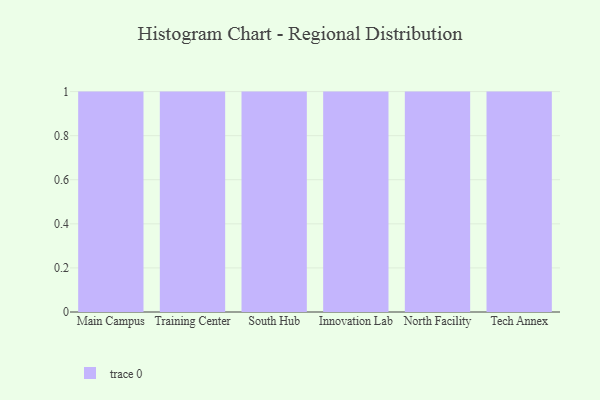
{"axis": {"x": "Campus", "y": "Conversion Rate (%)"}, "legend": [""], "data": [{"x": "Main Campus", "y": 11, "type": ""}, {"x": "Training Center", "y": 86, "type": ""}, {"x": "South Hub", "y": 16, "type": ""}, {"x": "Innovation Lab", "y": 74, "type": ""}, {"x": "North Facility", "y": 88, "type": ""}, {"x": "Tech Annex", "y": 4, "type": ""}]}